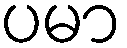
ပမာ